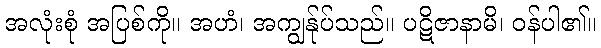
အလုံးစုံ အပြစ်ကို။ အဟံ၊ အကျွန်ုပ်သည်။ ပဋိဇာနာမိ၊ ဝန်ပါ၏။